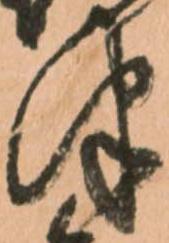
津